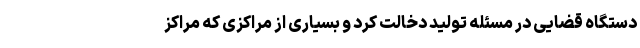
دستگاه قضایی در مسئله تولید دخالت کرد و بسیاری از مراکزی که مراکز